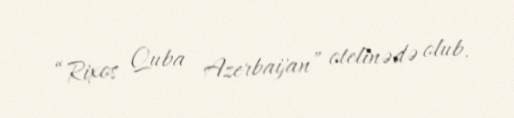
“Rixos Quba Azerbaijan” otelinədə olub.